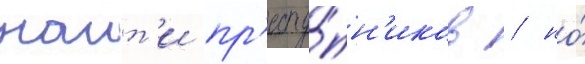
наит'и пр'есту́пн'иков / но́